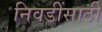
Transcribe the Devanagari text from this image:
निवडींसाठी